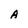
Character: A